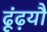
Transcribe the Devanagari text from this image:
ढूंढ़यौ